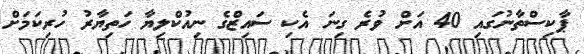
ޕާކިސްތާނުގައި 40 އަށް ވުރެ ގިނަ އެކި ސައިޒްގެ ނިއުކްލިޔާ ހަތިޔާރު ހުރިކަމަށް